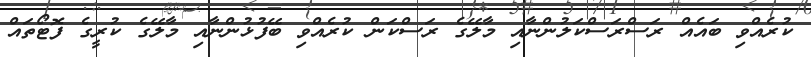
ކުރެއްވި ބައެއް ރަސްރަސްކަލުންނާއި މާލޭގެ ރަސްކަން ކުރެއްވި ބޭފުޅުންނާއި މާލޭގެ ކުރީގެ ފޮޓޯތައް